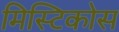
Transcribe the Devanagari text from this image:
मिस्टिकोस